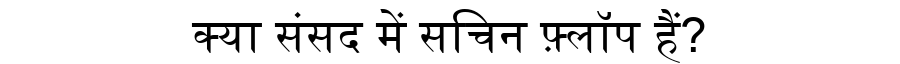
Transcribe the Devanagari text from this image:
क्या संसद में सचिन फ़्लॉप हैं?